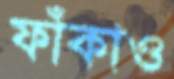
ফাঁকাও